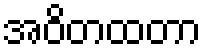
အဝိတထတာ